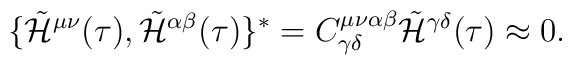
\lbrace {\tilde {\cal H}}^{\mu\nu}(\tau ),{\tilde {\cal H}}^{\alpha\beta}(\tau )\rbrace {}^{*}=C^{\mu\nu\alpha\beta}_{\gamma\delta}{\tilde {\cal H}}^{\gamma\delta}(\tau )\approx 0.